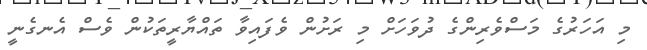
މި އަހަރުގެ މަސްވެރިންގެ ދުވަހަށް މި ރަށުން ވެފައިވާ ތައްޔާރީތަކުން ވެސް އެނގެނީ